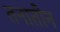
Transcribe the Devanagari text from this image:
तनातीन